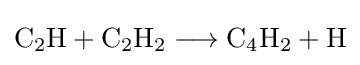
{\mathrm {C} {\vphantom {A}}_{\smash[{t}]{2}}\mathrm {H} {}+{}\mathrm {C} {\vphantom {A}}_{\smash[{t}]{2}}\mathrm {H} {\vphantom {A}}_{\smash[{t}]{2}}{}\mathrel {\longrightarrow } {}\mathrm {C} {\vphantom {A}}_{\smash[{t}]{4}}\mathrm {H} {\vphantom {A}}_{\smash[{t}]{2}}{}+{}\mathrm {H} }